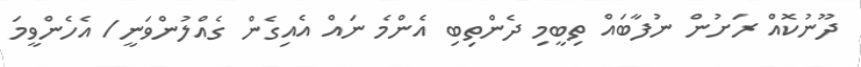
ދޫނުކޮއް ރަށުން ނުފާބައް ތިބީމި ދެންތިބި އެންމެ ނައް އެއިގެން ގެއްލުންވަނީ/ އެހެންވީމަ